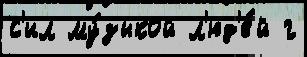
с'ил му́зыкой л'юд'е́й г